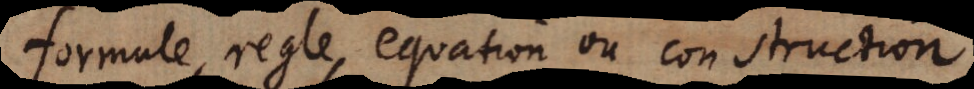
formule, regle, equation ou construction